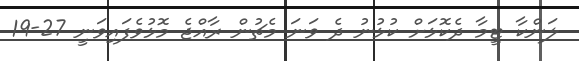
ލަންކާ ޓީމާ ދެކޮޅަށް ކުޅުނު ދެ ވަނަ މެޗުން ރާއްޖެ މޮޅުވެފައިވަނީ 27-19